Statistics compiled by the Government of India from the reports of provincial Civil Veterinary Departments
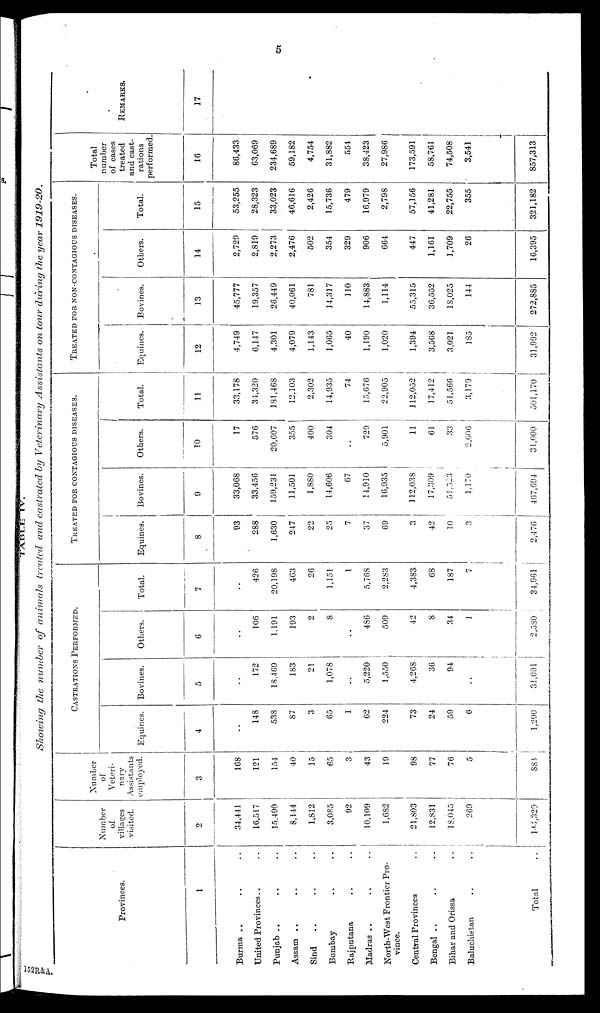
5
TABLE IV.
Showing the number of animals treated and castrated by Veterinary Assistants on tour during the year 1919-20.
Provinces.
1
Burma .. .. ..
United Provinces .. ..
Punjab .. .. ..
Assam .. .. ..
Sind
.. .. ..
Bombay .. ..
Rajputana .. ..
Madras .. .. ..
North-West Frontier Pro-
vince.
Central Provinces ..
Bengal .. .. ..
Bihar and Orissa ..
Baluchistan .. ..
Total ..
Number
of
villages
visited.
2
34,441
16,517
15,490
8,144
1,812
3,085
92
10,109
1,682
21,803
12,831
18,045
260
144,320
Number
of
Veteri-
nary
Assistants
employed.
3
168
121
154
40
15
65
3
43
19
98
77
76
5
884
CASTRATIONS
PERFORMED.
Equines.
4
..
148
538
87
3
65
1
62
224
73
24
59
6
1,290
Bovines.
5
..
172
18,469
183
21
1,078
..
5,220
1,550
4,268
36
94
..
31,091
Others.
6
..
106
1,191
193
2
8
..
486
509
42
8
34
1
2,580
Total.
7
..
426
20,198
463
26
1,151
1
5,768
2,283
4,383
68
187
7
34,961
TREATED
FOR
CONTAGIOUS
DISEASES.
Equines.
8
93
288
1,630
247
22
25
7
37
69
3
42
10
3
2,476
Bovines.
9
33,068
33,456
159,231
11,501
1,880
14,606
67
14,910
16,935
112,038
17,309
51,323
1,170
467,694
Others.
10
17
576
20,607
355
400
304
..
729
5,901
11
61
33
2,006
31,000
Total.
11
33,178
34,320
181,468
12,103
2,302
14,935
74
15,676
22,905
112,052
17,412
51,566
3,179
501,170
TREATED
FOR
NON-CONTAGIOUS
DISEASES.
Equines.
12
4,749
6,147
4,301
4,079
1,143
1,065
40
1,190
1,020
1,394
3,568
3,021
185
31,992
Bovines.
13
45,777
19,357
26,449
40,061
781
14,317
110
14,883
1,114
55,315
36,552
18,025
144
272,885
Others.
14
2,729
2,819
2,273
2,476
502
354
329
906
664
447
1,161
1,709
26
16,395
Total.
15
53,255
28,323
33,023
46,616
2,426
15,736
479
16,979
2,798
57,156
41,281
22,755
355
321,182
Total
number
of cases
treated
and cast-
rations
performed.
16
86,433
63,069
234,689
59,182
4,754
31,882
554
38,423
27,986
173,591
58,761
74,508
3,541
857,313
REMARKS.
17